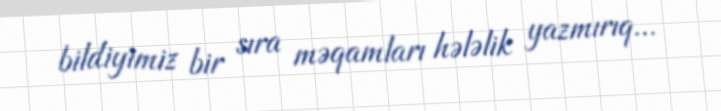
bildiyimiz bir sıra məqamları hələlik yazmırıq...